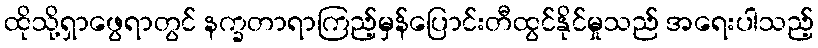
ထိုသို့ရှာဖွေရာတွင် နက္ခတာရာကြည့်မှန်ပြောင်းတီထွင်နိုင်မှုသည် အရေးပါသည့်